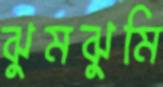
ঝুমঝুমি